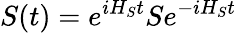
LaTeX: S(t)={{e}^{i{{H}_{S}}t}}S{{e}^{-i{{H}_{S}}t}}